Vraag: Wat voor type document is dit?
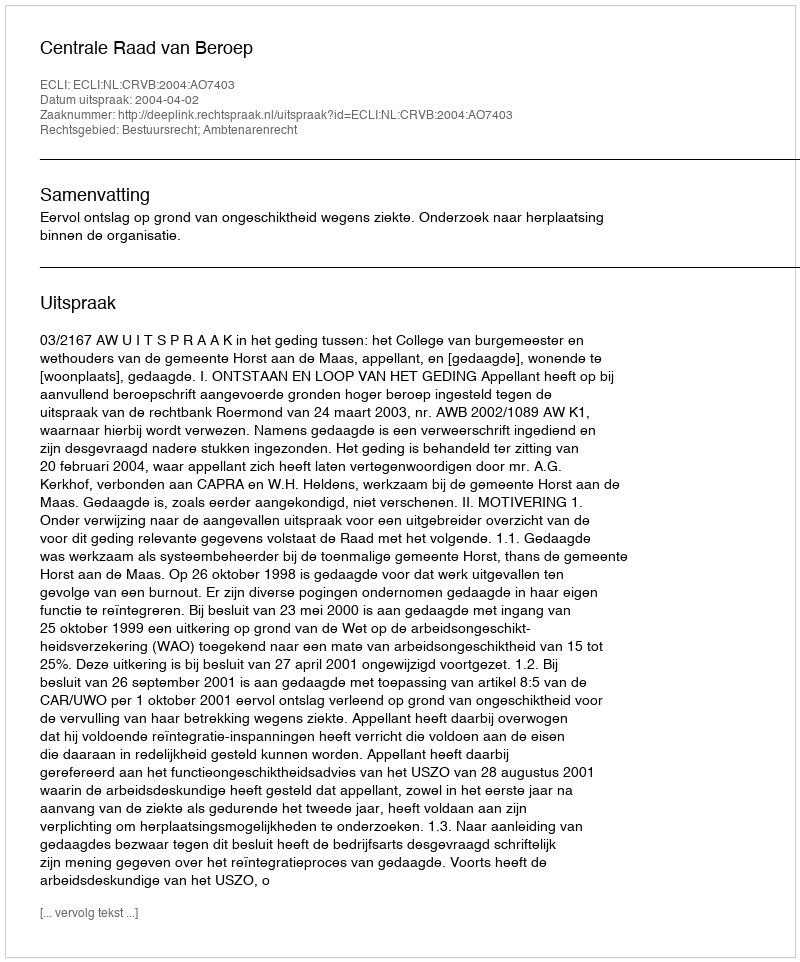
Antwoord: Uitspraak